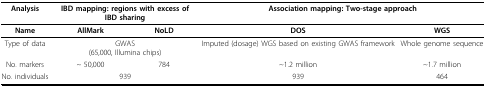
| Analysis | <COLSPAN=2> IBD mapping: regions with excess of IBD sharing | <COLSPAN=2> Association mapping: Two-stage approach |
 | --- | --- | --- | --- | --- |
 | Name | AllMark | NoLD | DOS | WGS |
 | Type of data | <COLSPAN=2> GWAS(65,000, Illumina chips) | Imputed (dosage) WGS based on existing GWAS framework | Whole genome sequence |
 | No. markers | ~ 50,000 | 784 | ~1.2 million | ~1.7 million |
 | No. individuals | <COLSPAN=2> 939 | 939 | 464 |